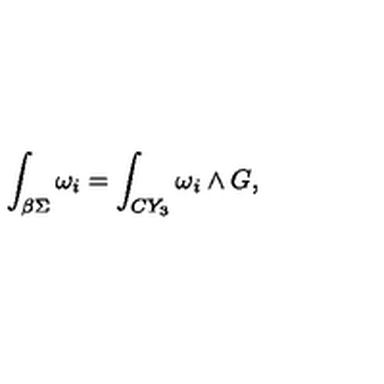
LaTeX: \int _ { \beta \Sigma } \omega _ { i } = \int _ { C Y _ { 3 } } \omega _ { i } \wedge G ,